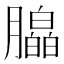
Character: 𬂗